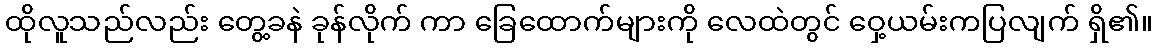
ထိုလူသည်လည်း တွေ့ခနဲ ခုန်လိုက် ကာ ခြေထောက်များကို လေထဲတွင် ဝှေ့ယမ်းကပြလျက် ရှိ၏။